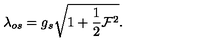
\lambda _ { o s } = g _ { s } \sqrt { { 1 + { \frac { 1 } { 2 } } { \cal F } ^ { 2 } } } .